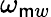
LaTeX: \omega_{\mathsf{m}w}